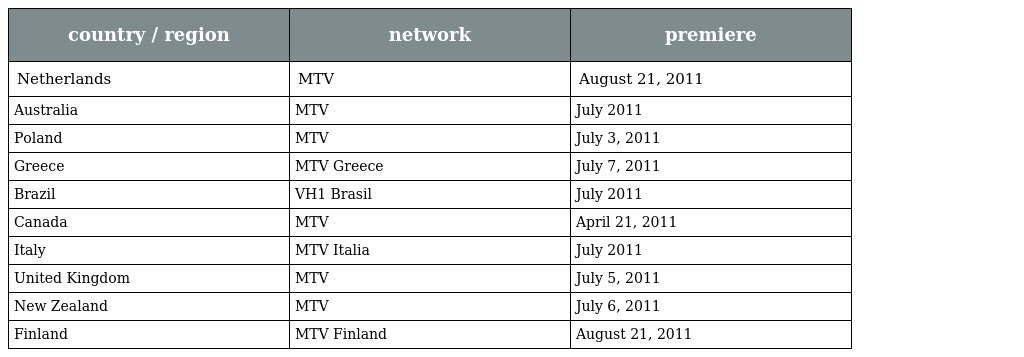
| country / region | network | premiere |
 | --- | --- | --- |
 | Netherlands | MTV | August 21, 2011 |
 | Australia | MTV | July 2011 |
 | Poland | MTV | July 3, 2011 |
 | Greece | MTV Greece | July 7, 2011 |
 | Brazil | VH1 Brasil | July 2011 |
 | Canada | MTV | April 21, 2011 |
 | Italy | MTV Italia | July 2011 |
 | United Kingdom | MTV | July 5, 2011 |
 | New Zealand | MTV | July 6, 2011 |
 | Finland | MTV Finland | August 21, 2011 |